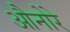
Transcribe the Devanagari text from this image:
औनोरे